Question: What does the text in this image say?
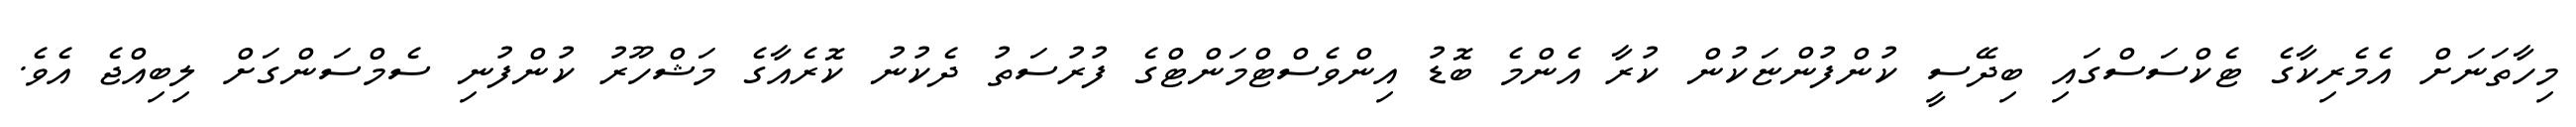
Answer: މިހާތަނަށް އެމެރިކާގެ ޓެކްސަސްގައި ބިދޭސީ ކުންފުންޏަކުން ކުރާ އެންމެ ބޮޑު އިންވެސްޓްމަންޓްގެ ފުރުސަތު ދެކުނު ކޮރެއާގެ މަޝްހޫރު ކުންފުނި ސެމްސަންގަށް ލިބިއްޖެ އެވެ.